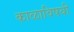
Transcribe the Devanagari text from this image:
काळाविषयी